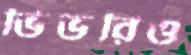
ভিভরিও